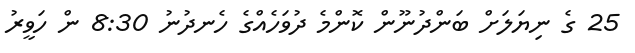
25 ގެ ނިޔަލަށް ބަންދުނޫން ކޮންމެ ދުވަހެއްގެ ހެނދުނު 8:30 ން ހަވީރު